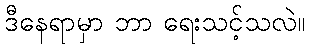
ဒီနေရာမှာ ဘာ ရေးသင့်သလဲ။